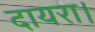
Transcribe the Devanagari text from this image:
दायरा।